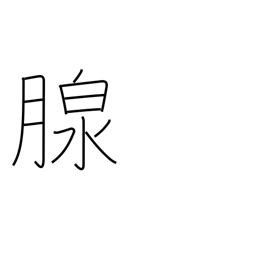
Meaning: gland